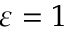
\varepsilon = 1